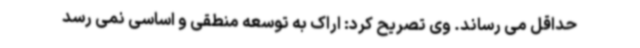
حداقل می رساند. وی تصریح کرد: اراک به توسعه منطقی و اساسی نمی رسد